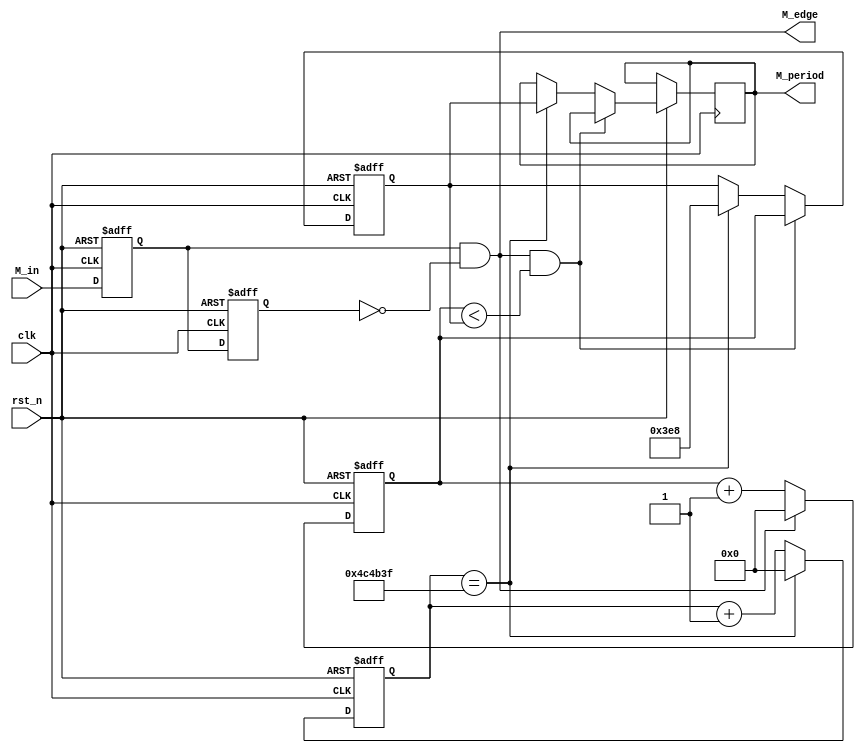
/* ==================================================================
* Family:				Cyclone V
* Device:				5CSEMA5F31C6
* Stage:				   DE1-SOC			
* Version:				Quartus II 64-Bit Version & 13.1.0 Build 162 10/23/2013 SJ Full Version
* Address:				Lab
* Data:					2017/5
* Function:				
* 
* ==================================================================*/

module M_Receive(
	
	input wire 			clk,
	input	wire			rst_n,	
	
	input wire			M_in,			//M
			
	output wire			M_edge,		//
	
	output reg [31:0]	M_period		//ckM

);


//====================================================================
// ********** Define Parameter and Internal Signals *************
//====================================================================
	parameter T200ms = 32'd4999_999; 


//====================================================================
// ************************* Main Code *************************
//====================================================================

	/*************************  ****************************/
	reg flag1,flag2;
	
	always @(posedge clk or negedge rst_n)
	if(!rst_n) begin 
		flag1 <= 1'b0;
		flag2 <= 1'b0;
	end 
	else begin 
		flag1 <= M_in;
		flag2 <= flag1;
	end 
	
	assign M_edge = flag1 & (~flag2);		//
	
	
	/*************************  ****************************/
	//1200khz
	reg [31:0]		count;
	
	always @ (posedge clk or negedge rst_n)
	if(!rst_n)
		count <= 32'd0;
	else if(count == T200ms)
		count <= 32'd0;
	else 
		count <= count + 1'b1;
	
	//2M
	reg [31:0]		cnt;
	
	always @(posedge clk or negedge rst_n)
	if(!rst_n)
		cnt	<= 32'd0;
	else if(M_edge)
		cnt 	<= 32'd0;
	else 
		cnt 	<= cnt + 32'd1;
		
	//ck
	reg [31:0]		p_temp;
	
	always @ (posedge clk or negedge rst_n)
	if(!rst_n)
		p_temp <= 1000;
	else if(M_edge && (cnt < p_temp))
		p_temp <= cnt;
	else if(count == T200ms) begin 
		p_temp <= 1000;		//Why?
		M_period <= p_temp;
	end  
		
	
	

endmodule